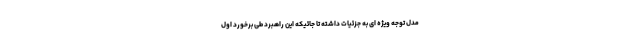
مدل توجه ویژه ای به جزئیات داشته تا جائیکه این راهبرد طی برخورد اول